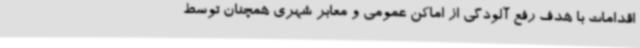
اقدامات با هدف رفع آلودگی از اماکن عمومی و معابر شهری همچنان توسط